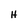
Character: H